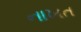
નાખત